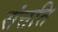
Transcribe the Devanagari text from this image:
संत्तति